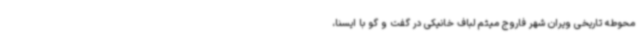
محوطه تاریخی ویران شهر فاروج میثم لباف خانیکی در گفت و گو با ایسنا،